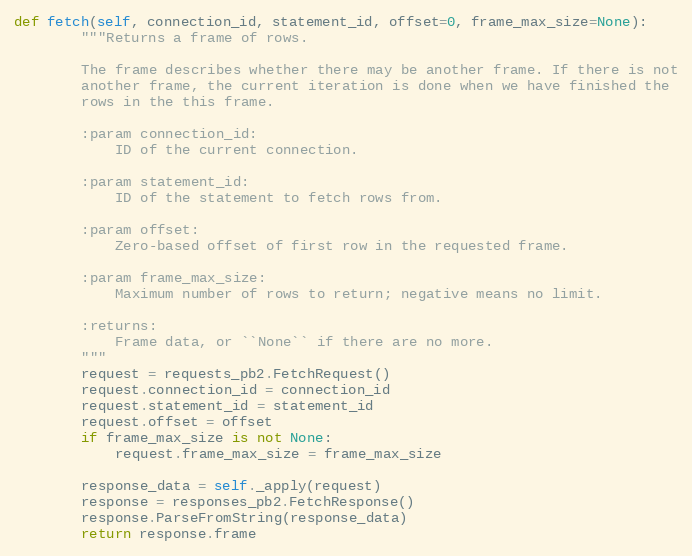
Language: Python
def fetch(self, connection_id, statement_id, offset=0, frame_max_size=None):
        """Returns a frame of rows.

        The frame describes whether there may be another frame. If there is not
        another frame, the current iteration is done when we have finished the
        rows in the this frame.

        :param connection_id:
            ID of the current connection.

        :param statement_id:
            ID of the statement to fetch rows from.

        :param offset:
            Zero-based offset of first row in the requested frame.

        :param frame_max_size:
            Maximum number of rows to return; negative means no limit.

        :returns:
            Frame data, or ``None`` if there are no more.
        """
        request = requests_pb2.FetchRequest()
        request.connection_id = connection_id
        request.statement_id = statement_id
        request.offset = offset
        if frame_max_size is not None:
            request.frame_max_size = frame_max_size

        response_data = self._apply(request)
        response = responses_pb2.FetchResponse()
        response.ParseFromString(response_data)
        return response.frame